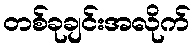
တစ်ခုချင်းအလိုက်